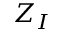
Z _ { I }